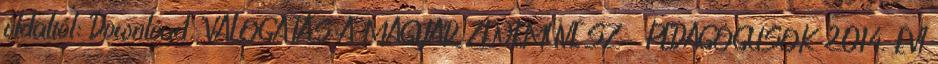
oldaltól: Download "VÁLOGATÁS A MAGYAR ZENEMŰVÉSZ- PEDAGÓGUSOK 2014. ÉVI